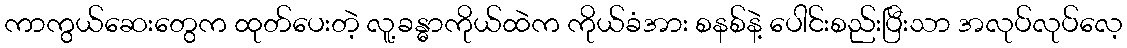
ကာကွယ်ဆေးတွေက ထုတ်ပေးတဲ့ လူ့ခန္ဓာကိုယ်ထဲက ကိုယ်ခံအား စနစ်နဲ့ ပေါင်းစည်းပြီးသာ အလုပ်လုပ်လေ့